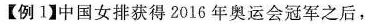
【例1】中国女排获得2016年奥运会冠军之后，